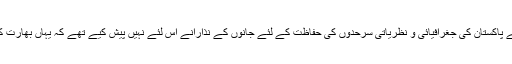
پاکستان کی بری،بحری،فضائی افواج نے پاکستان کی جغرافیائی و نظریاتی سرحدوں کی حفاظت کے لئے جانوں کے نذارانے اس لئے نہیں پیش کیے تھے کہ یہاں بھارت کی بالا دستی کے قصیدے سنائے جائیں۔